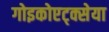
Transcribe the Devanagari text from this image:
गोइकोएट्क्सेया